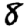
Digit: 8